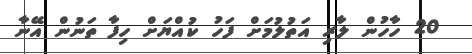
20 ހާހުން ލާރި އަތުލުމަށް ފަހު ކުއްޔަށް ހިފާ ތަނުން އޭނާ